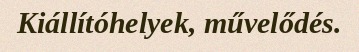
Kiállítóhelyek, művelődés.